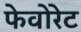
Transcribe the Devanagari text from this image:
फेवोरेट